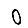
Digit: 0